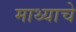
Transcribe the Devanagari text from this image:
माथ्याचे